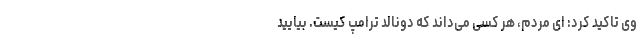
وی تاکید کرد: ای مردم، هر کسی می‌داند که دونالد ترامپ کیست. بیایید